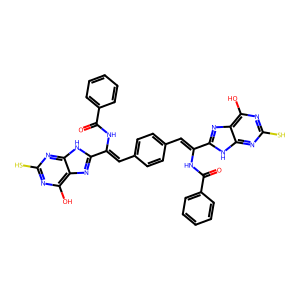
SMILES: O=C(NC(=Cc1ccc(C=C(NC(=O)c2ccccc2)c2nc3c(O)nc(S)nc3[nH]2)cc1)c1nc2c(O)nc(S)nc2[nH]1)c1ccccc1
Inhibits HIV replication: No